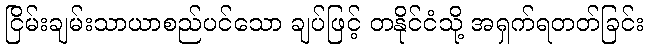
ငြိမ်းချမ်းသာယာစည်ပင်သော ချပ်ဖြင့် တနိုင်ငံသို့ အရှက်ရတတ်ခြင်း